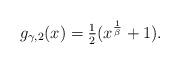
LaTeX: \begin{align*} g_{\gamma, 2}(x) = \tfrac{1}{2} ( x^{\frac{1}{\beta}} + 1 ).\end{align*}